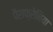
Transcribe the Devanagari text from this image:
पैराफ्रेनिया